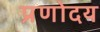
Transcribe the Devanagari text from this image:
प्रणोदय